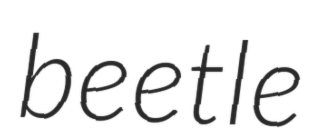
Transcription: beetle